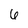
Character: 6